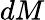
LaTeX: dM